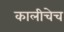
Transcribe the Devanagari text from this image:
कालीचेच